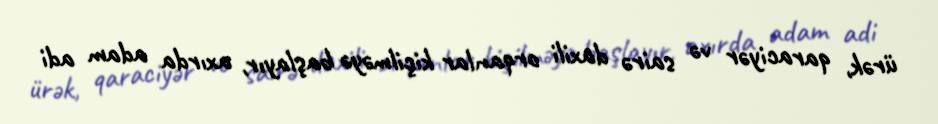
ürək, qaraciyər və sairə daxili orqanlar kiçilməyə başlayır, axırda adam adi